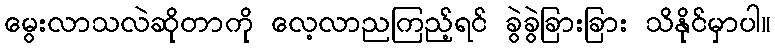
မွေးလာသလဲဆိုတာကို လေ့လာညကြည့်ရင် ခွဲခွဲခြားခြား သိနိုင်မှာပါ။